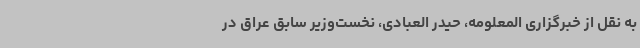
به نقل از خبرگزاری المعلومه، حیدر العبادی، نخست‌وزیر سابق عراق در